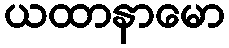
ယထာနာမော